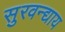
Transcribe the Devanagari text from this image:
सुरवन्द्याय